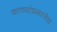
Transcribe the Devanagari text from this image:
काव्यांप्रमाणेच